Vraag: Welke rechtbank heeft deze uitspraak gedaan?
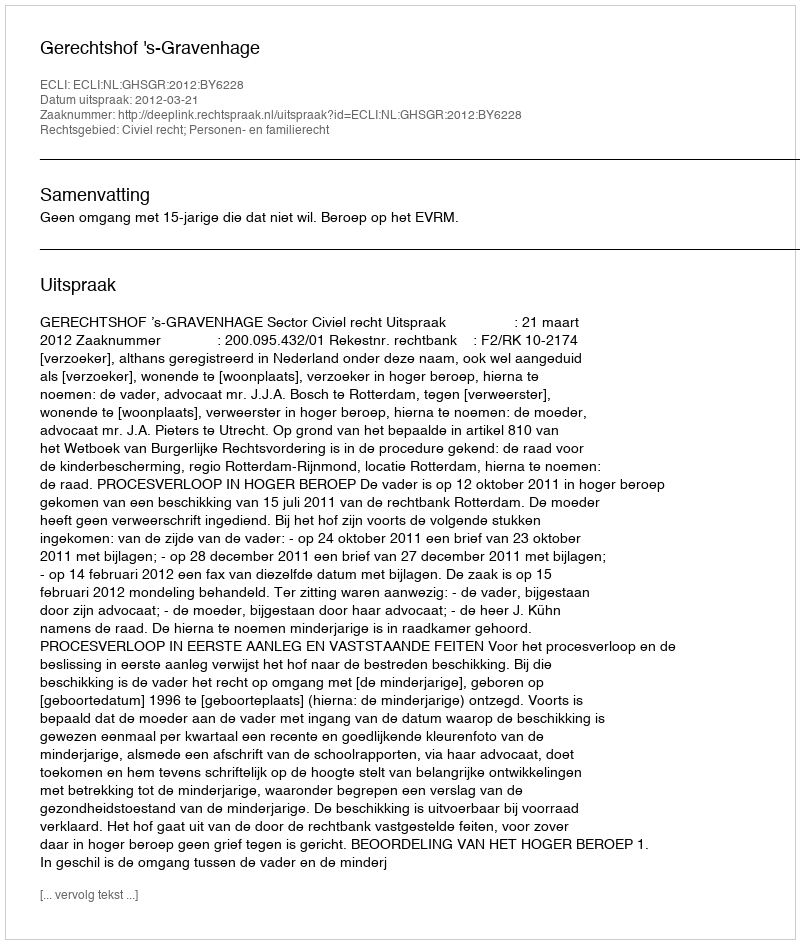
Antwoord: Gerechtshof 's-Gravenhage